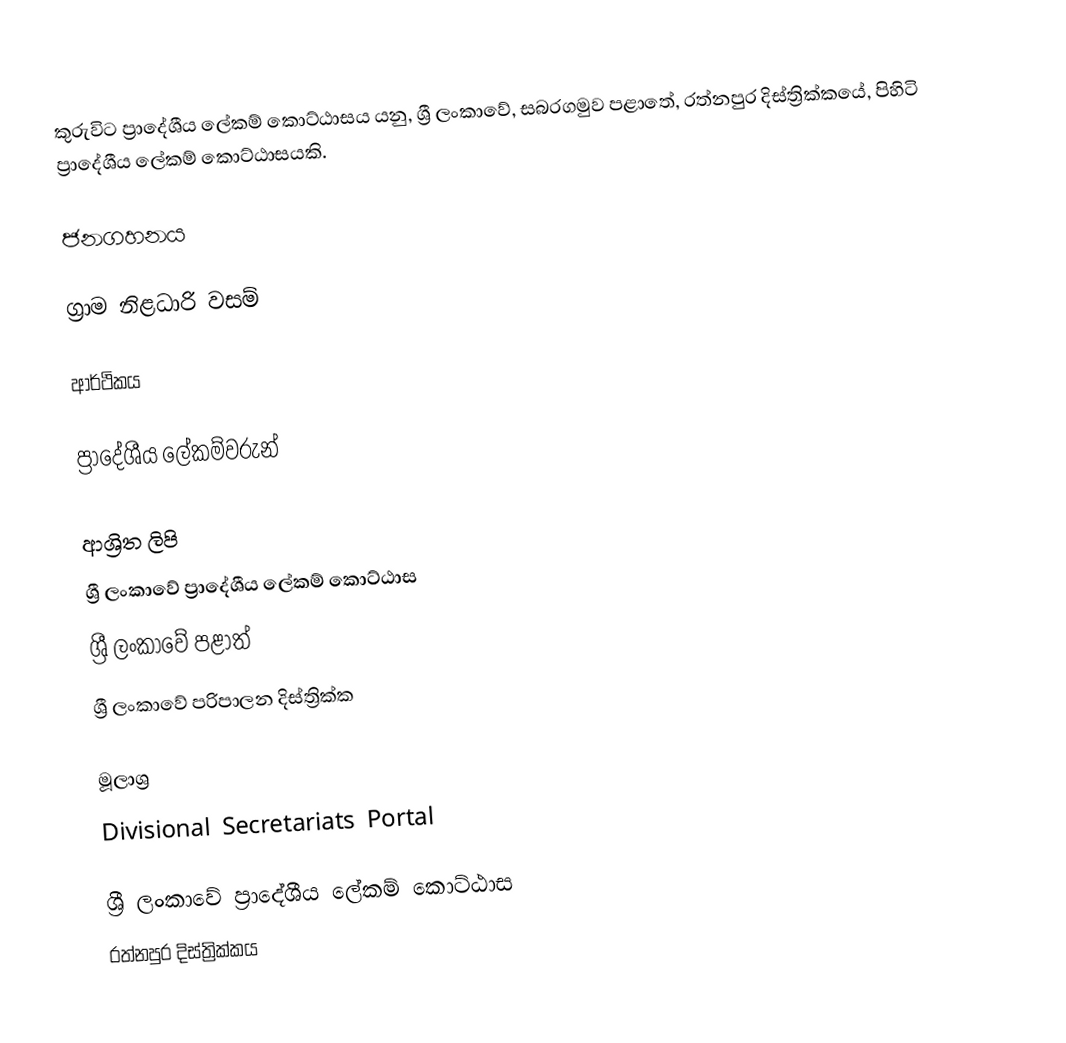
කුරුවිට ප්‍රාදේශීය ලේකම් කොට්ඨාසය යනු,  ශ්‍රී ලංකාවේ, සබරගමුව පළාතේ,   රත්නපුර දිස්ත්‍රික්කයේ, පිහිටි ප්‍රාදේශීය ලේකම් කොට්ඨාසයකි.

ජනගහනය

ග්‍රාම නිළධාරි වසම්

ආර්ථිකය

ප්‍රාදේශීය ලේකම්වරුන්

ආශ්‍රිත ලිපි
ශ්‍රී ලංකාවේ ප්‍රාදේශීය ලේකම් කොට්ඨාස
ශ්‍රී ලංකාවේ පළාත්
ශ්‍රී ලංකාවේ පරිපාලන දිස්ත්‍රික්ක

මූලාශ්‍ර
 Divisional Secretariats Portal

ශ්‍රී ලංකාවේ ප්‍රාදේශීය ලේකම් කොට්ඨාස
රත්නපුර  දිස්ත්‍රික්කය